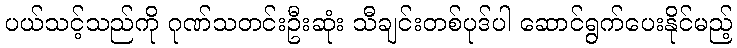
ပယ်သင့်သည်ကို ဂုဏ်သတင်းဦးဆုံး သီချင်းတစ်ပုဒ်ပါ ဆောင်ရွက်ပေးနိုင်မည့်